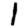
Digit: 1